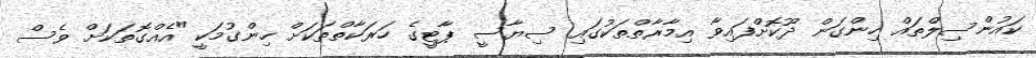
ކައުންސިލްތައް ހިންގަން ދޫކޮށްފައިވާ އިމާރާތްތަކުގައި ސިޔާސީ ޕާޓީގެ ހަރަކާތްތަކަށް ހިންގުމަކީ "އެއްގޮތަކަށް ވެސް